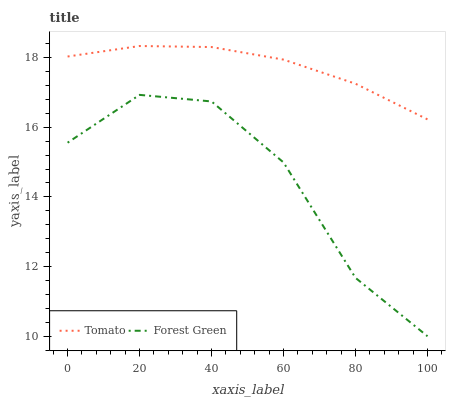
| xaxis_label | Tomato | Forest Green |
 | --- | --- | --- |
 | 0 | 18 | 15.6 |
 | 20 | 18.3 | 16.9 |
 | 40 | 18.3 | 16.7 |
 | 60 | 17.9 | 15 |
 | 80 | 17.2 | 11.7 |
 | 100 | 16.2 | 10 |